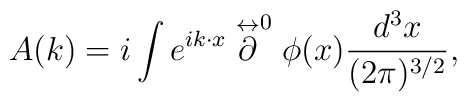
A(k)=i\int e^{ik \cdot x} \stackrel{\leftrightarrow}{\textstyle \partial}^0\phi(x) \frac{d^3x}{(2\pi)^{3/2}},